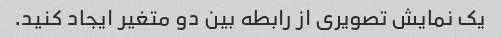
یک نمایش تصویری از رابطه بین دو متغیر ایجاد کنید.